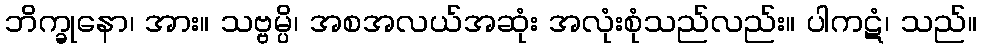
ဘိက္ခုနော၊ အား။ သဗ္ဗမ္ပိ၊ အစအလယ်အဆုံး အလုံးစုံသည်လည်း။ ပါကဋံ၊ သည်။